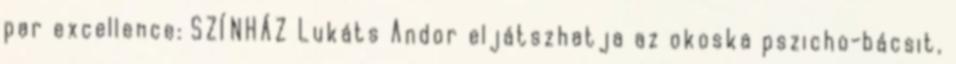
par excellence: SZÍNHÁZ Lukáts Andor eljátszhatja az okoska pszicho-bácsit,